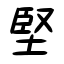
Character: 堅